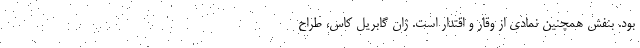
بود. بنفش همچنین نمادی از وقار و اقتدار است. ژان گابریل کاس، طراح